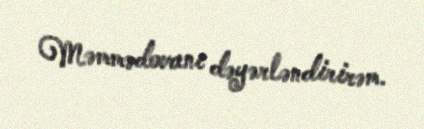
Məmmədovanı dəyərləndirirəm.